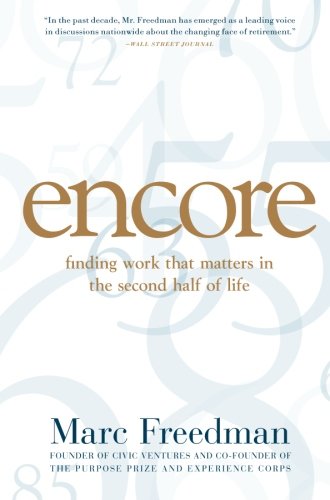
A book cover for Encore: Finding Work that Matters in the Second Half of Life; Marc Freedman; Business & Money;